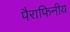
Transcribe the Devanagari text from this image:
पैराफिनीय